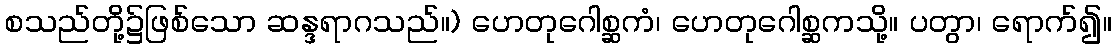
စသည်တို့၌ဖြစ်သော ဆန္ဒရာဂသည်။) ဟေတုဂေါစ္ဆကံ၊ ဟေတုဂေါစ္ဆကသို့။ ပတွာ၊ ရောက်၍။